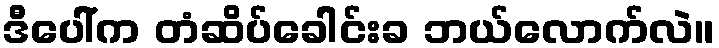
ဒီပေါ်က တံဆိပ်ခေါင်းခ ဘယ်လောက်လဲ။